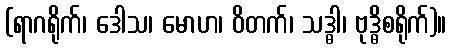
(ရာဂရိုက်၊ ဒေါသ၊ မောဟ၊ ဝိတက်၊ သဒ္ဓါ၊ ဗုဒ္ဓိစရိုက်)။